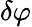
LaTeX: \delta\varphi